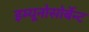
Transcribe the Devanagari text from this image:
इम्यूनोसोर्बेन्ट